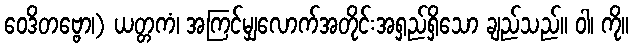
ဝေဒိတဗ္ဗော၊) ယတ္တကံ၊ အကြင်မျှလောက်အတိုင်းအရှည်ရှိသော ချည်သည်။ ဝါ၊ ကို။